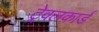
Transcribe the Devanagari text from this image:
ट्रेवलकार्ड